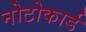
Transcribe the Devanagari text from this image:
नोटोकार्ड